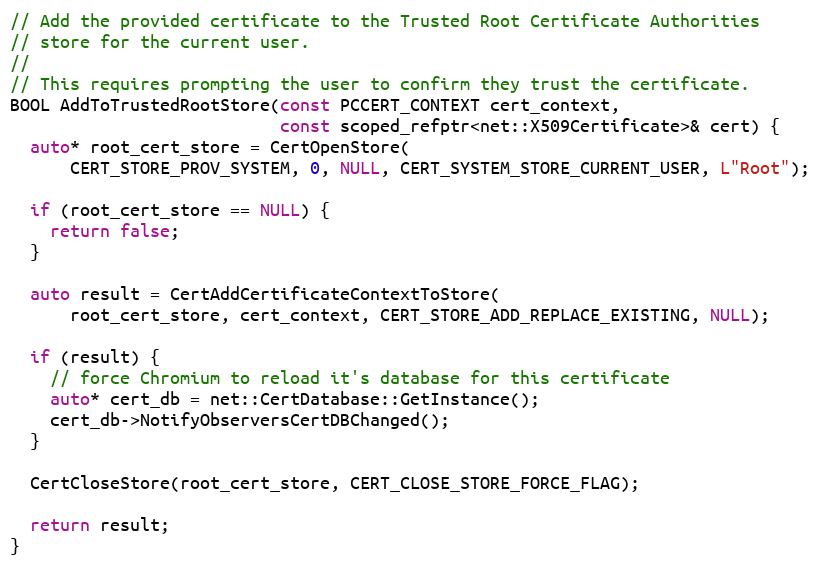
Language: C++
// Add the provided certificate to the Trusted Root Certificate Authorities
// store for the current user.
//
// This requires prompting the user to confirm they trust the certificate.
BOOL AddToTrustedRootStore(const PCCERT_CONTEXT cert_context,
                           const scoped_refptr<net::X509Certificate>& cert) {
  auto* root_cert_store = CertOpenStore(
      CERT_STORE_PROV_SYSTEM, 0, NULL, CERT_SYSTEM_STORE_CURRENT_USER, L"Root");

  if (root_cert_store == NULL) {
    return false;
  }

  auto result = CertAddCertificateContextToStore(
      root_cert_store, cert_context, CERT_STORE_ADD_REPLACE_EXISTING, NULL);

  if (result) {
    // force Chromium to reload it's database for this certificate
    auto* cert_db = net::CertDatabase::GetInstance();
    cert_db->NotifyObserversCertDBChanged();
  }

  CertCloseStore(root_cert_store, CERT_CLOSE_STORE_FORCE_FLAG);

  return result;
}